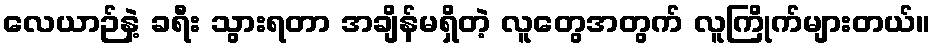
လေယာဉ်နဲ့ ခရီး သွားရတာ အချိန်မရှိတဲ့ လူတွေအတွက် လူကြိုက်များတယ်။